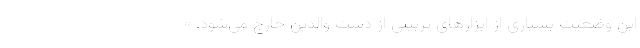
این وضعیت بسیاری از ابزارهای تربیتی از دست والدین خارج می‌شود. »